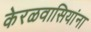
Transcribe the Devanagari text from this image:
केरळवासियांना